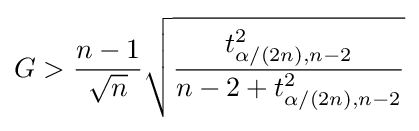
G>{\frac {n-1}{\sqrt {n}}}{\sqrt {\frac {t_{\alpha /(2n),n-2}^{2}}{n-2+t_{\alpha /(2n),n-2}^{2}}}}